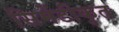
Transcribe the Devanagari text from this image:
सिमेंटीकृत